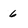
Character: 6